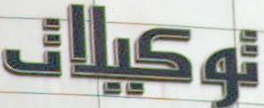
توكيلات